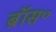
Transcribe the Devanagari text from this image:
ब्रॉस॰